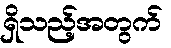
ရှိသည့်အတွက်